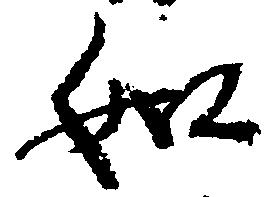
如